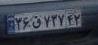
۳۶ق۷۳۷۴۲